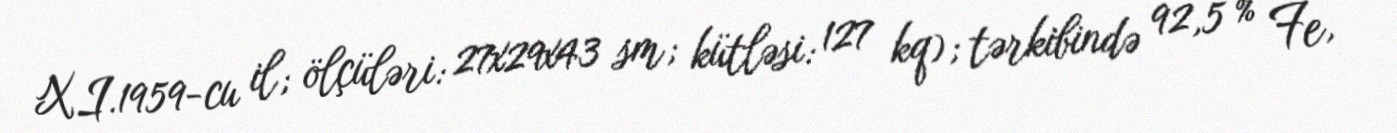
XI.1959-cu il; ölçüləri: 27x29x43 sm; kütləsi: 127 kq); tərkibində 92,5 % Fe,